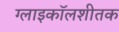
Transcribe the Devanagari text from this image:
ग्लाइकॉलशीतक